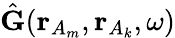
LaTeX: \hat{\mathbf{G}}(\mathbf{r}_{A_{m}},\mathbf{r}_{A_{k}},\omega)